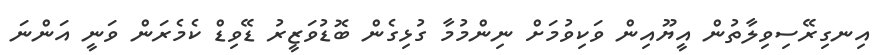
އިނގިރޭސިވިލާތުން އީޔޫއިން ވަކިވުމަށް ނިންމުމާ ގުޅިގެން ބޮޑުވަޒީރު ޑޭވިޑް ކެމެރަން ވަނީ އަންނަ